Report on enteric fever
Disease focus: Fever
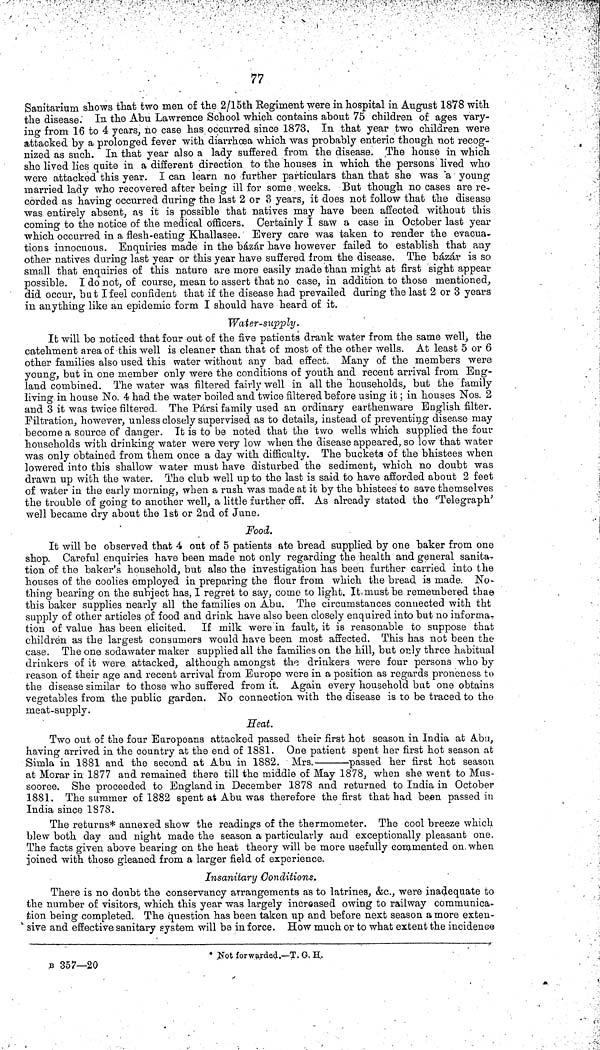
77
Sanitarium shows that two men of the 2/15th Regiment were in hospital in August 1878 with
the disease. In the Abu Lawrence School which contains about 75 children of ages vary-
ing from 16 to 4 years, no case has occurred since 1873, In that year two children were
attacked by a prolonged fever with diarrhœa which was probably enteric though not recog-
nized as such. In that year also a lady suffered from the disease. The house in which
she lived lies quite in a different direction to the houses in which the persons lived who
were attacked this year. I can learn no further particulars than that she was a young
married lady who recovered after being ill for some weeks. But though no cases are re-
corded as having occurred during the last 2 or 3 years, it does not follow that the disease
was entirely absent, as it is possible that natives may have been affected without this
coming to the notice of the medical officers. Certainly I saw a case in October last year
which occurred in a flesh eating Khallasee. Every care was taken to render the evacua-
tions innocuous. Enquiries made in the bazar have however failed to establish that any
other natives during last year or this year have suffered from the disease. The bázár is so
small that enquiries of this nature are more easily made than might at first sight appear
possible. I do not, of course, mean to assert that no case, in addition to those mentioned,
did occur, but I feel confident that if the disease had prevailed during the last 2 or 3 years
in anything like an epidemic form I should have heard of it.
Water supply.
It will be noticed that four out of the five patients drank water from the same well, the
catehment area of this well is cleaner than that of most of the other wells. At least 5 or 6
other families also used this water without any bad effect. Many of the members were
young, but in one member only were the conditions of youth and recent arrival from Eng-
land combined. The water was filtered fairly well in all the households, but the family
living in house No. 4 had the water boiled and twice filtered before using it ; in houses Nos. 2
and 3 it was twice filtered. The Pársi family used an ordinary earthenware English filter.
Filtration, however, unless closely supervised as to details, instead of preventing disease may
become a source of danger. It is to be noted that the two wells which supplied the four
households with drinking water were very low when the disease appeared, so low that water
was only obtained from them once a day with difficulty. The buckets of the bhistees when
lowered into this shallow water must have disturbed the sediment, which no doubt was
drawn up with the water. The club well up to the last is said to have afforded about 2 feet
of water in the early morning, when a rush was made at it by the bhistees to save themselves
the trouble of going to another well, a little further off. As already stated the 'Telegraph'
well became dry about the 1st or 2nd of June.
Food.
It will be observed that 4 out of 5 patients ate bread supplied by one baker from one
shop. Careful enquiries have been made not only regarding the health and general sanita-
tion of the baker's household, but also the investigation has been further carried into the
houses of the coolies employed in preparing the flour from which the bread is made. No-
thing bearing on the subject has, I regret to say, come to light. It must be remembered thae
this baker supplies nearly all the families on Abu. The circumstances connected with tht
supply of other articles of food and drink have also been closely enquired into but no informa-
tion of value has been elicited. If milk were in fault, it is reasonable to suppose that
children as the largest consumers would have been most affected. This has not been the
case. The one sodawater maker supplied all the families on the hill, but only three habitual
drinkers of it were attacked, although amongst the drinkers were four persons who by
reason of their age and recent arrival from Europe were in a position as regards proneness to
the disease similar to those who suffered from it. Again every household but one obtains
vegetables from the public garden. No connection with the disease is to be traced to the
meat supply.
Heat.
Two out of the four Europeans attacked passed their first hot season in India at Abu,
having arrived in the country at the end of 1881. One patient spent her first hot season at
Simla in 1881 and the second at Abu in 1882. Mrs.
passed her first hot season
at Morar in 1877 and remained there till the middle of May 1878, when she went to Mus
sooree. She proceeded to England in December 1878 and returned to India in October
1881. The summer of 1882 spent at Abu was therefore the first that had been passed in
India since 1878.
The returns* annexed show the readings of the thermometer. The cool breeze which
blew both day and night made the season a particularly and exceptionally pleasant one.
The facts given above bearing on the heat theory will be more usefully commented on when
joined with those gleaned from a larger field of experience.
Insanitary Conditions.
There is no doubt the conservancy arrangements as to latrines, &c., were inadequate to
the number of visitors, which this year was largely increased owing to railway communica
tion being completed. The question has been taken up and before next season a more exteu
sive and effective sanitary system will be in force. How much or to what extent the incidence
*Not forwarded.—T. G. H.
B 357—20